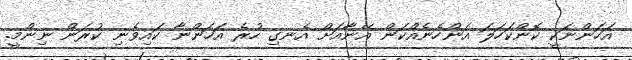
އަހަންނަކީ ކޮންކަހަލަ އަންހެނެއްކަން އޭނާއަށް އެނގި ހުރެ އަހަންނާ ކައިވެނި ކުރަން ނިންމީ.